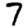
Digit: 7